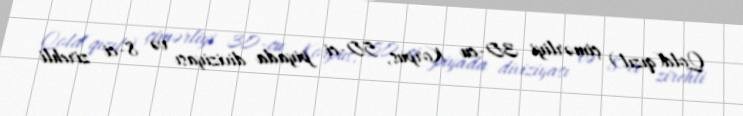
Qold(qızıl) çimərliyi 30-cu Korpus, 50-ci piyada diviziyası və 8-ci zirehli